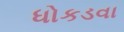
ધોકડવા